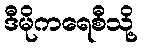
ဒီမိုကရေစီသို့